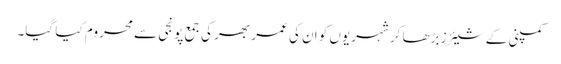
کمپنی کے شیئرز بڑھا کر شہریوں کو ان کی عمر بھر کی جمع پونجی سے محروم کیا گیا۔